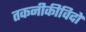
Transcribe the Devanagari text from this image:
तकनीकीविदों